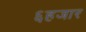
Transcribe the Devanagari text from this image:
६हजार